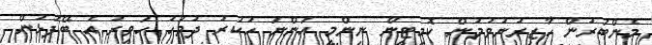
މެންބަރުން ހާޒިރުނުވުމުން ކޮމިޓީން ނިންމީ އަންނަ ހުކުރު ދުވަހު ހަވީރު އެ ބޭފުޅުން